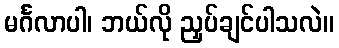
မင်္ဂလာပါ၊ ဘယ်လို ညှပ်ချင်ပါသလဲ။